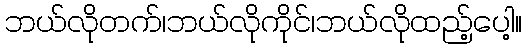
ဘယ်လိုတက်၊ဘယ်လိုကိုင်၊ဘယ်လိုထည့်ပေါ့။